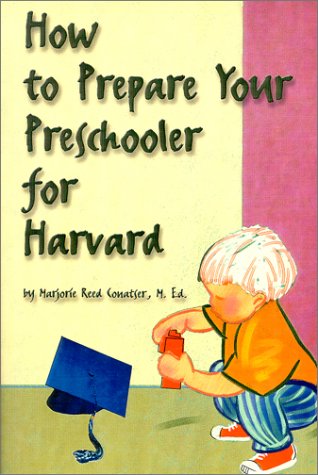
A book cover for How to Prepare Your Preschooler for Harvard; Conatser Reed; Parenting & Relationships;